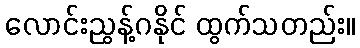
လောင်းညွန့်ဂနိုင် ထွက်သတည်း။